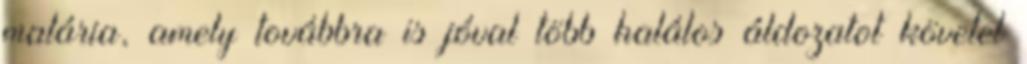
malária, amely továbbra is jóval több halálos áldozatot követel